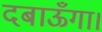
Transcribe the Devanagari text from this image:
दबाऊँगा।